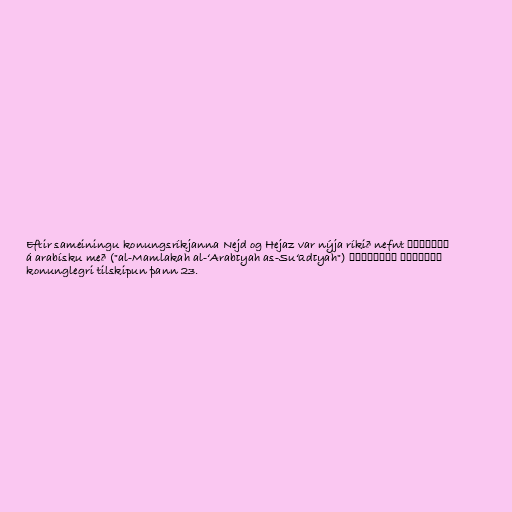
Eftir sameiningu konungsríkjanna Nejd og Hejaz var nýja ríkið nefnt المملكة
العربية السعودية ("al-Mamlakah al-ʻArabīyah as-Suʻūdīyah") á arabísku með
konunglegri tilskipun þann 23.